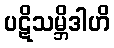
ပဋိသမ္ဘိဒါဟိ